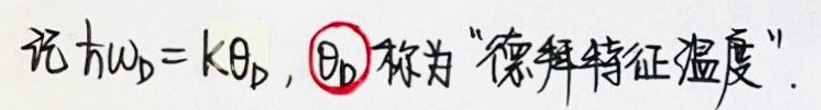
设\(\mu_{\beta}=k\theta_{\beta}\)，\(\theta_{\beta}\)称为“德拜特征温度”。